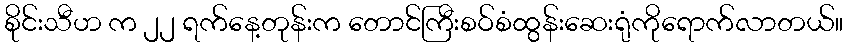
စိုင်းသီဟ က ၂၂ ရက်နေ့တုန်းက တောင်ကြီးစဝ်စံထွန်းဆေးရုံကိုရောက်လာတယ်။